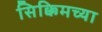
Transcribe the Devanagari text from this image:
सिक्किमच्या